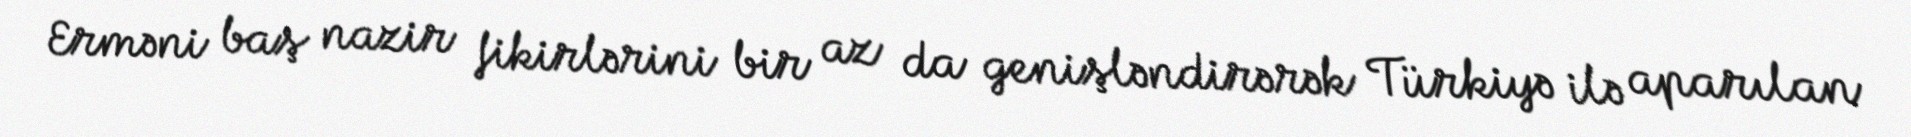
Erməni baş nazir fikirlərini bir az da genişləndirərək Türkiyə ilə aparılan